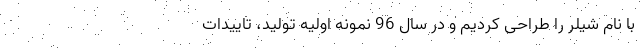
با نام شیلر را طراحی کردیم و در سال 96 نمونه اولیه تولید، تاییدات